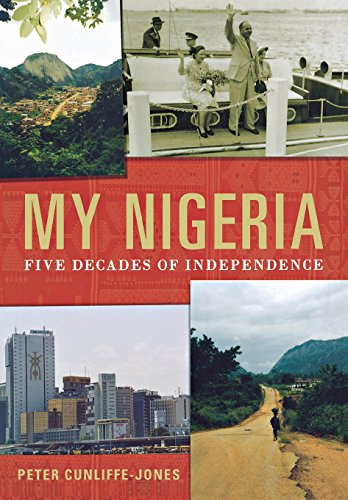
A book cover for My Nigeria: Five Decades of Independence; Peter Cunliffe-Jones; History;